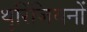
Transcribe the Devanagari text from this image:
थुरिंजियनों